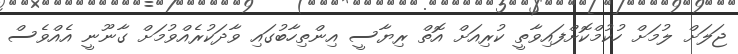
ޖަލަށް ލުމަށް ހުކުމްކޮށްފައިވާތީ ކުރިއަށް އޮތް ރިޔާސީ އިންތިހާބުގައި ވާދަކުރެއްވުމަށް ގާނޫނީ އެއްވެސް